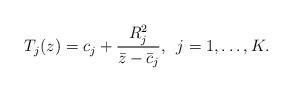
LaTeX: \begin{align*}T_j(z)=c_j+\frac{R_j^2}{\bar{z}-\bar{c}_j},\,\,\,j=1,\ldots,K.\end{align*}